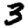
Digit: 3